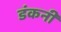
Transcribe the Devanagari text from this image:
डंकनी